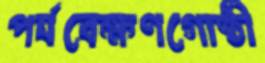
পর্যবেক্ষণগোষ্ঠী